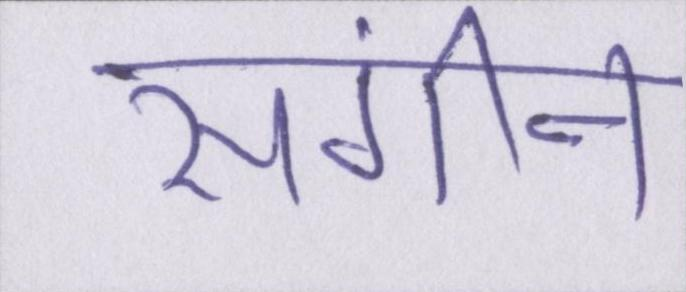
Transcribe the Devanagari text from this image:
संगीन